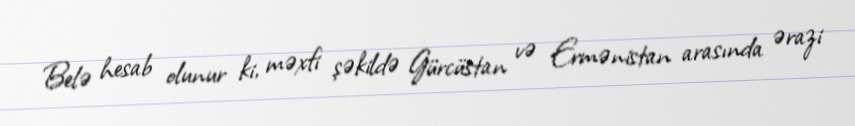
Belə hesab olunur ki, məxfi şəkildə Gürcüstan və Ermənistan arasında ərazi